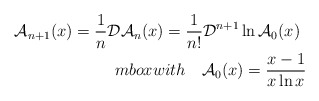
\begin{align*}{\cal A}_{n+1}(x) = \frac{1}{n}{\cal D} {\cal A}_n(x) =\frac{1}{n!} {\cal D}^{n+1}\ln {\cal A}_0(x) \; \; \\mbox{with} \ \ \ {\cal A}_0(x) = \frac{x-1}{x \ln x} \,\end{align*}